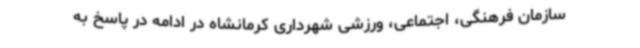
سازمان فرهنگی، اجتماعی، ورزشی شهرداری کرمانشاه در ادامه در پاسخ به